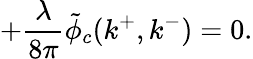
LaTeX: +{\frac{\lambda}{8\pi}}\tilde{\phi}_{c}(k^{+},k^{-})=0.